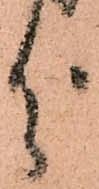
分